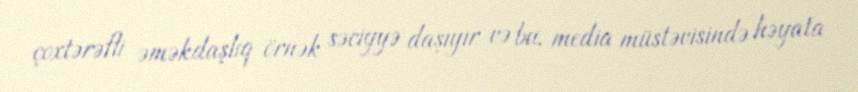
çoxtərəfli əməkdaşlıq örnək səciyyə daşıyır və bu, media müstəvisində həyata